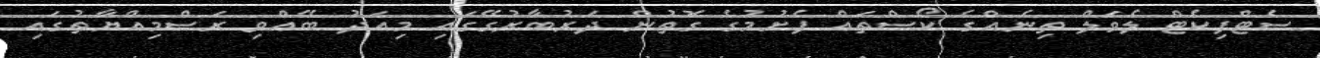
ސެޓްފިކެޓް ލެވަލް ތިނެއްގެ ކޯސްތައް ފެށުމުގެ ގޮތުން ދަރުބާރުގޭގައި މިއަދު ބޭއްވި ރަސްމިއްޔާތުގައި